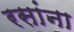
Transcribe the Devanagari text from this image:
रसांना